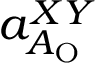
a _ { A _ { \mathrm { O } } } ^ { X Y }